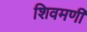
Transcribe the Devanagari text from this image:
शिवमणी